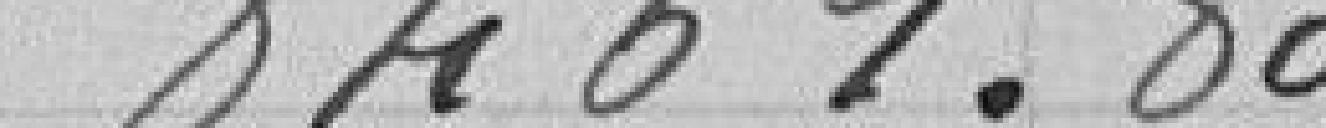
8461.80